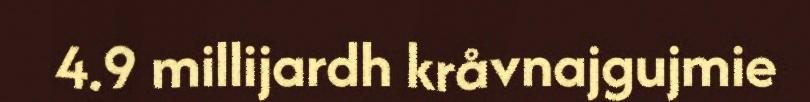
4.9 millijardh kråvnajgujmie